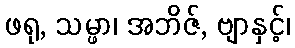
ဖရု, သမ္ဖာ၊ အဘိဇ်, ဗျာနှင့်၊